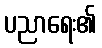
ပညာရေး၏